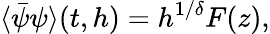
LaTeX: \langle\bar{\psi}\psi\rangle(t,h)=h^{1/\delta}F(z),